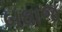
બઘાજ